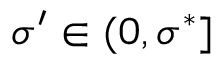
\sigma ^ { \prime } \in ( 0 , \sigma ^ { * } ]